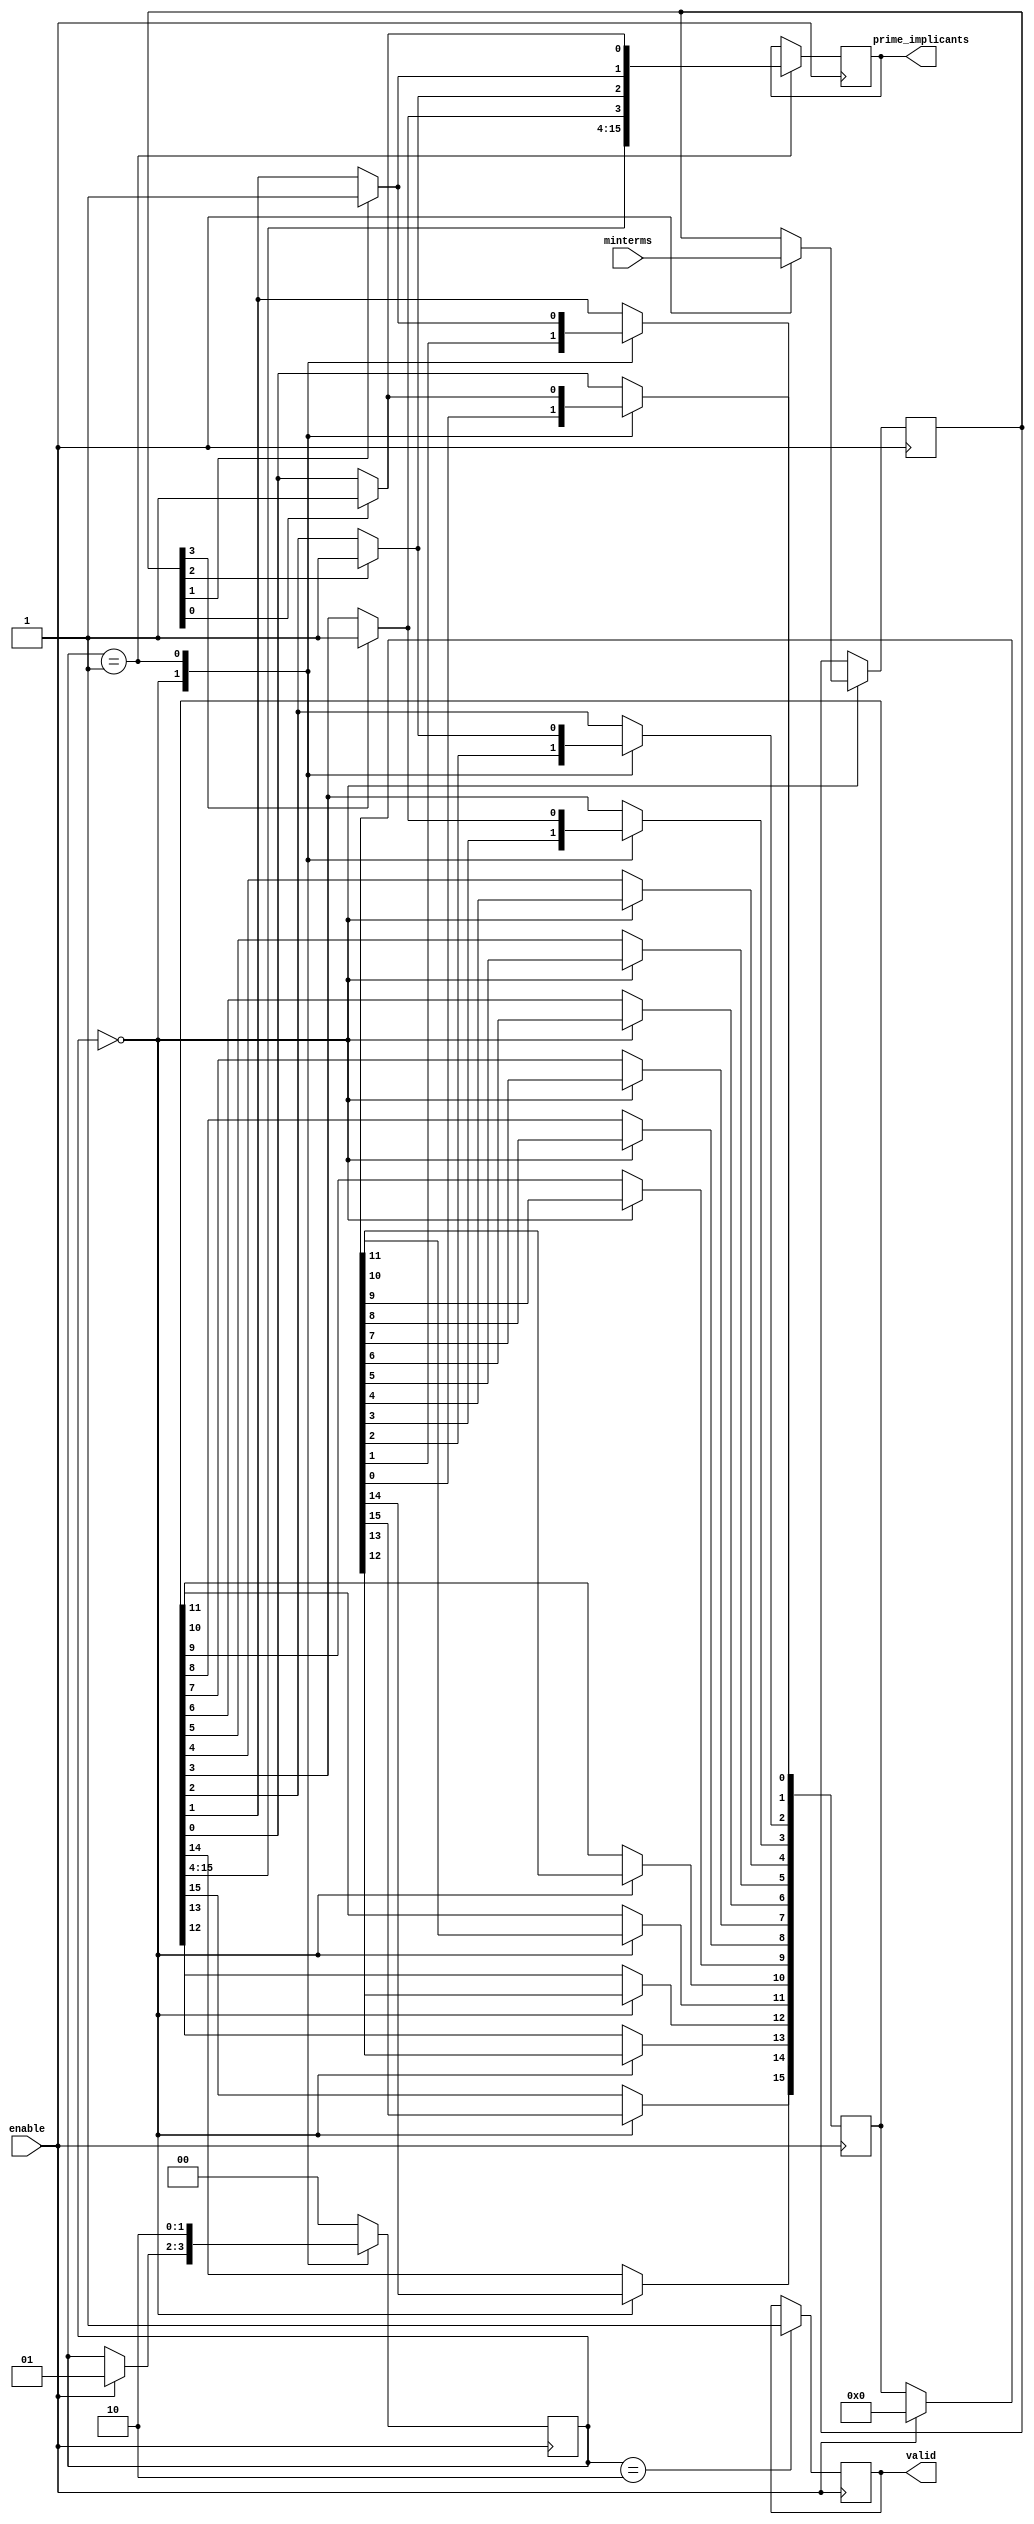
module PrimeImplicants(
    input wire [3:0] minterms,      // 4-bit input for minterms (0-15)
    input wire enable,               // Enable signal
    output reg [15:0] prime_implicants, // 16-bit output for prime implicants
    output reg valid                 // Valid output signal
);

// Internal registers
reg [3:0] current_minterms;
reg [15:0] implicant_set;
integer i, j;

// State definitions
parameter IDLE = 2'b00, PROCESS = 2'b01, OUTPUT = 2'b10;
reg [1:0] state;

// Initial state
initial begin
    state = IDLE;
    prime_implicants = 16'b0;
    valid = 0;
end

// Main process
always @(posedge enable) begin
    case (state)
        IDLE: begin
            if (enable) begin
                current_minterms = minterms;
                implicant_set = 16'b0; // Reset implicant set
                state = PROCESS;
            end
        end
        
        PROCESS: begin
            // Example logic to identify prime implicants
            // This is a placeholder for the actual algorithm
            for (i = 0; i < 16; i = i + 1) begin
                if (current_minterms[i]) begin
                    implicant_set[i] = 1; // Mark minterm as implicant
                end
            end
            
            // Here you would implement the actual prime implicant generation logic
            // For demonstration, we will just copy implicant_set to prime_implicants
            prime_implicants = implicant_set;
            state = OUTPUT;
        end
        
        OUTPUT: begin
            valid = 1; // Indicate that the output is valid
            state = IDLE; // Go back to IDLE for next operation
        end
        
        default: state = IDLE; // Safety default
    endcase
end

endmodule